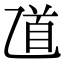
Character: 𠃺